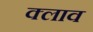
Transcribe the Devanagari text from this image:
क्लाव